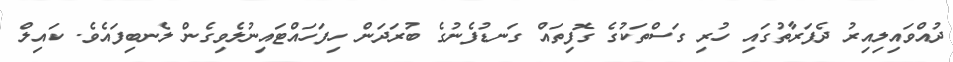
ދުއްވައިލިއިރު ދެފަރާތުގައި ހުރި ގަސްތަކުގެ ގޮފިތައް ގަނޑުފެނުގެ ބުރަދަން ހިފަހައްޓައިނުލެވިގެން ލެނބިފައެވެ. ކައިލް